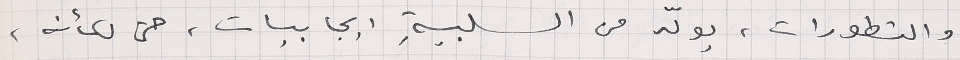
والتطورات، يولّد من السلبيةِ ايجابيات، حتى لكأنه،